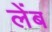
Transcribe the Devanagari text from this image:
लेंब